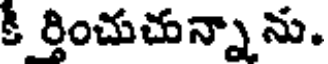
కీ ర్తించుచున్నా ను.